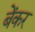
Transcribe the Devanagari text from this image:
बेंकर